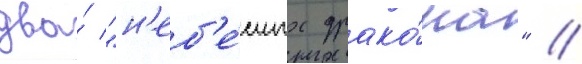
два́ "н'еб'е́сных драко́на" //